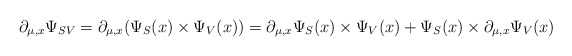
\begin{align*}\partial_{\mu,x}\Psi_{SV}= \partial_{\mu,x} (\Psi_{S}(x) \times\Psi_{V}(x))=\partial_{\mu,x}\Psi_{S}(x)\times\Psi_{V}(x)+\Psi_{S}(x)\times\partial_{\mu,x}\Psi_{V}(x) \end{align*}